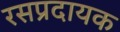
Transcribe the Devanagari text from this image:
रसप्रदायक